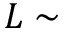
L \sim